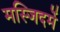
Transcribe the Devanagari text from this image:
मस्जिदमें